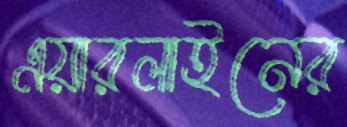
এয়ারলাইনের